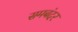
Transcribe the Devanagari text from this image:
समबंदर